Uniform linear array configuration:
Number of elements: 8
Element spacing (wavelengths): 1
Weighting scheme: kaiser
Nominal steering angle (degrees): -15
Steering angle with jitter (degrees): -14.971
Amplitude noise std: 0.05
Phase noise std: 0.05

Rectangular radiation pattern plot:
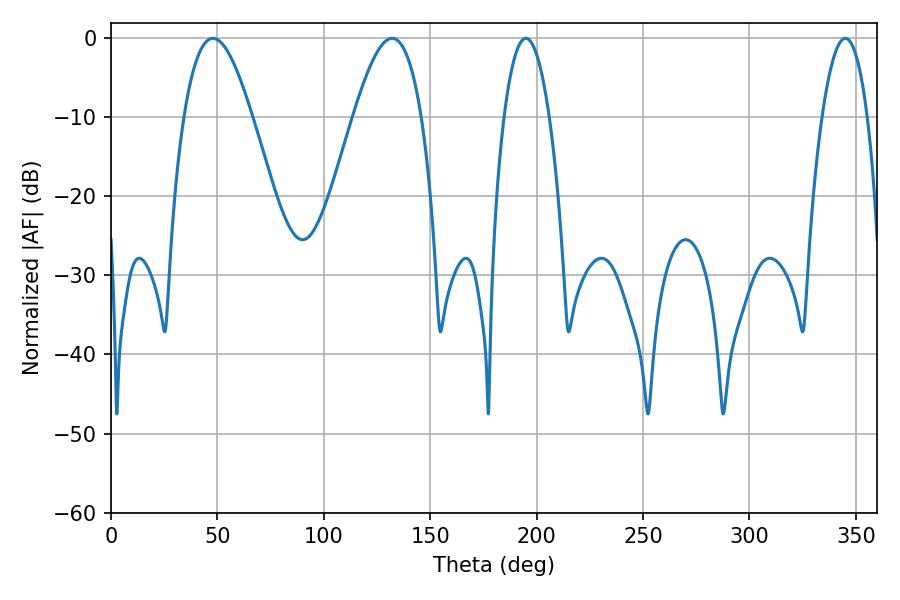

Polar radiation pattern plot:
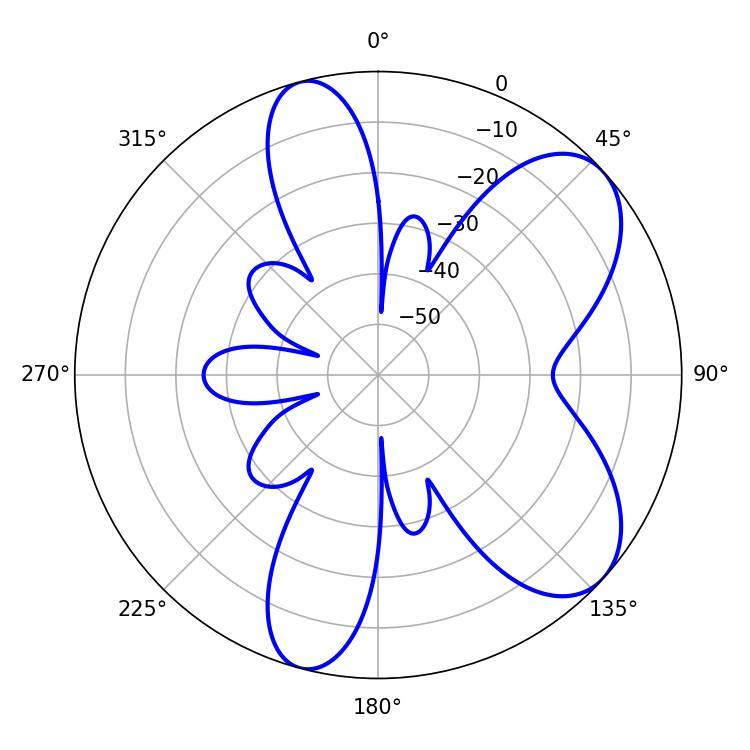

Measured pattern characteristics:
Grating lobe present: TRUE
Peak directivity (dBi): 7.202
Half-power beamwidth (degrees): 11.7
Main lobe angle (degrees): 194.94